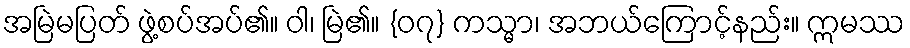
အမြဲမပြတ် ဖွဲ့စပ်အပ်၏။ ဝါ၊ မြဲ၏။ {၀၇} ကသ္မာ၊ အဘယ်ကြောင့်နည်း။ ဣမဿ